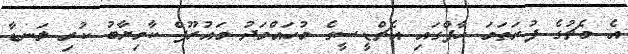
އެ މެޗުގެ ފުރަތަމަ ހާފްގައި އެޗްޑީސީގެ މުހައްމަދު މައުރޫފް ކާމިޔާބު ކުރި ލަނޑާ